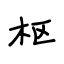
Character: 枢